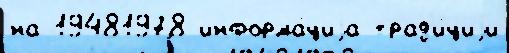
на 19481978 информа́циjа трад'и́циjи